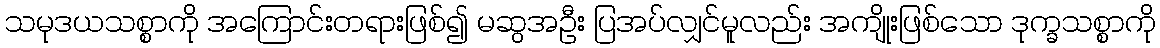
သမုဒယသစ္စာကို အကြောင်းတရားဖြစ်၍ မဆွအဦး ပြအပ်လျှင်မူလည်း အကျိုးဖြစ်သော ဒုက္ခသစ္စာကို